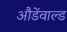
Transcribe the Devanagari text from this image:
औडेंवाल्ड